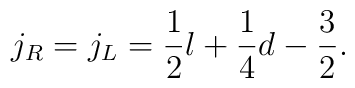
j_{R}=j_{L}=\frac{1}{2}l+\frac{1}{4}d-\frac{3}{2}.